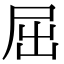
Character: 屈